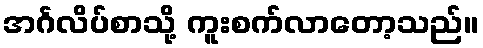
အင်္ဂလိပ်စာသို့ ကူးစက်လာတော့သည်။